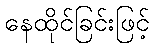
နေထိုင်ခြင်းဖြင့်